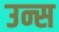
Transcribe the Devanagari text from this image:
उन्स